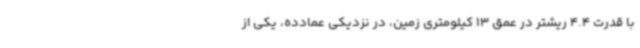
با قدرت 4.4 ریشتر در عمق 13 کیلومتری زمین، در نزدیکی عمادده، یکی از